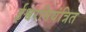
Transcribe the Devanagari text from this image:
ईश्वरनियंत्रित